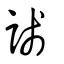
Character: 諓